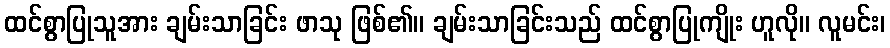
ထင်စွာပြုသူအား ချမ်းသာခြင်း ဖာသု ဖြစ်၏။ ချမ်းသာခြင်းသည် ထင်စွာပြုကျိုး ဟူလို။ လူမင်း၊